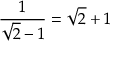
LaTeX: \! \ { \frac { 1 } { { \sqrt { 2 } } - 1 } } = { \sqrt { 2 } } + 1